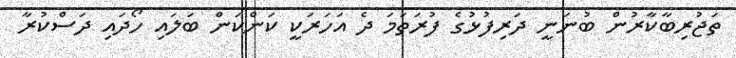
ތަޖުރިބާކާރުން ބުނަނީ ދަރިފުޅުގެ ފުރަތަމަ ދެ އަހަރަކީ ކަންކަން ބަލައި ހޯދައި ދަސްކުރާ